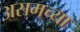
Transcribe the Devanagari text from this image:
असमच्या